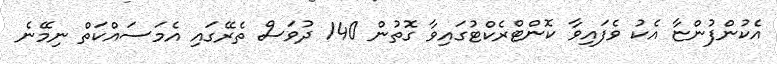
އެކުންފުންޏާ އެކު ވެފައިވާ ކޮންޓްރެކްޓުގައިވާ ގޮތުން 140 ދުވަސް ތެރޭގައި އެމަސައްކަތް ނިމޭނެ